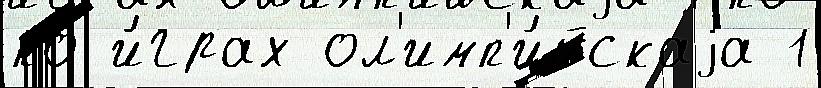
по и́грах ол'имп'и́йскаjа 1